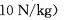
10N/kg)